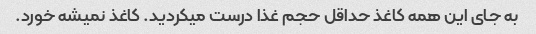
به جای این همه کاغذ حداقل حجم غذا درست میکردید. کاغذ نمیشه خورد.